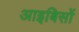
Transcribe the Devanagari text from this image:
आइबिसों